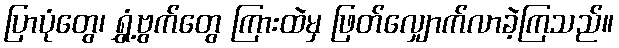
ပြာပုံတွေ၊ ရွှံ့ဗွက်တွေ ကြားထဲမှ ဖြတ်လျှောက်လာခဲ့ကြသည်။